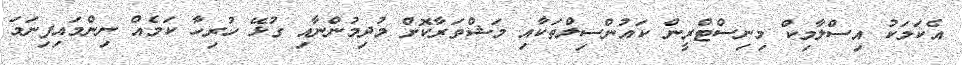
އެކަމަކު އިސްލާމިކް މިނިސްޓްރީން ކައުންސިލްތަކާއި މަޝްވަރާކޮށް މުދިމުންނާއި ގުޅޭ ހުރިހާ ކަމެއް ނިންމައިފިނަމަ